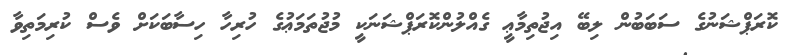
ކޮރަޕްޝަނުގެ ސަބަބުން ލިބޭ އިޖުތިމާޢީ ގެއްލުންކޮރަޕްޝަނަކީ މުޖުތަމަޢުގެ ހުރިހާ ހިސާބަކަށް ވެސް ކުރިމަތިވާ